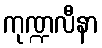
ကုဏ္ဍလီနာ